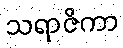
သရာဇိကာ